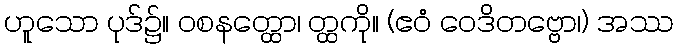
ဟူသော ပုဒ်၌။ ဝစနတ္ထော၊ တ္ထကို။ (ဧဝံ ဝေဒိတဗ္ဗော၊) အဿ